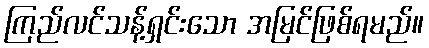
ကြည်လင်သန့်ရှင်းသော အမြင်ဖြစ်ရမည်။